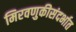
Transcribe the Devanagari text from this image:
मिरवणुकीसंदर्भात